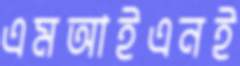
এমআইএনই